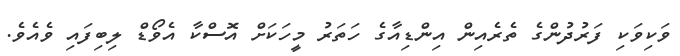
ވަކިވަކި ފަރުދުންގެ ތެރެއިން އިންޑިއާގެ ހަތަރު މީހަކަށް އޮސްކާ އެވޯޑް ލިބިފައި ވެއެވެ.